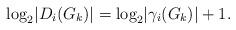
LaTeX: \begin{align*}\log_2\lvert D_i(G_k) \rvert = \log_2\lvert \gamma_i(G_k) \rvert +1.\end{align*}